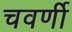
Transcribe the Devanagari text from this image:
चवर्णी